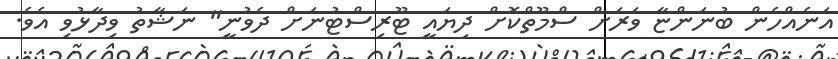
އަނެއްހެން ބުނަންޏާ ވަރަށް ސްމޫތްކޮށް ދިޔައީ ޓޫރިސްޓުނަށް ދެވުނީ" ނަޝާތު ވިދާޅުވި އެވެ.